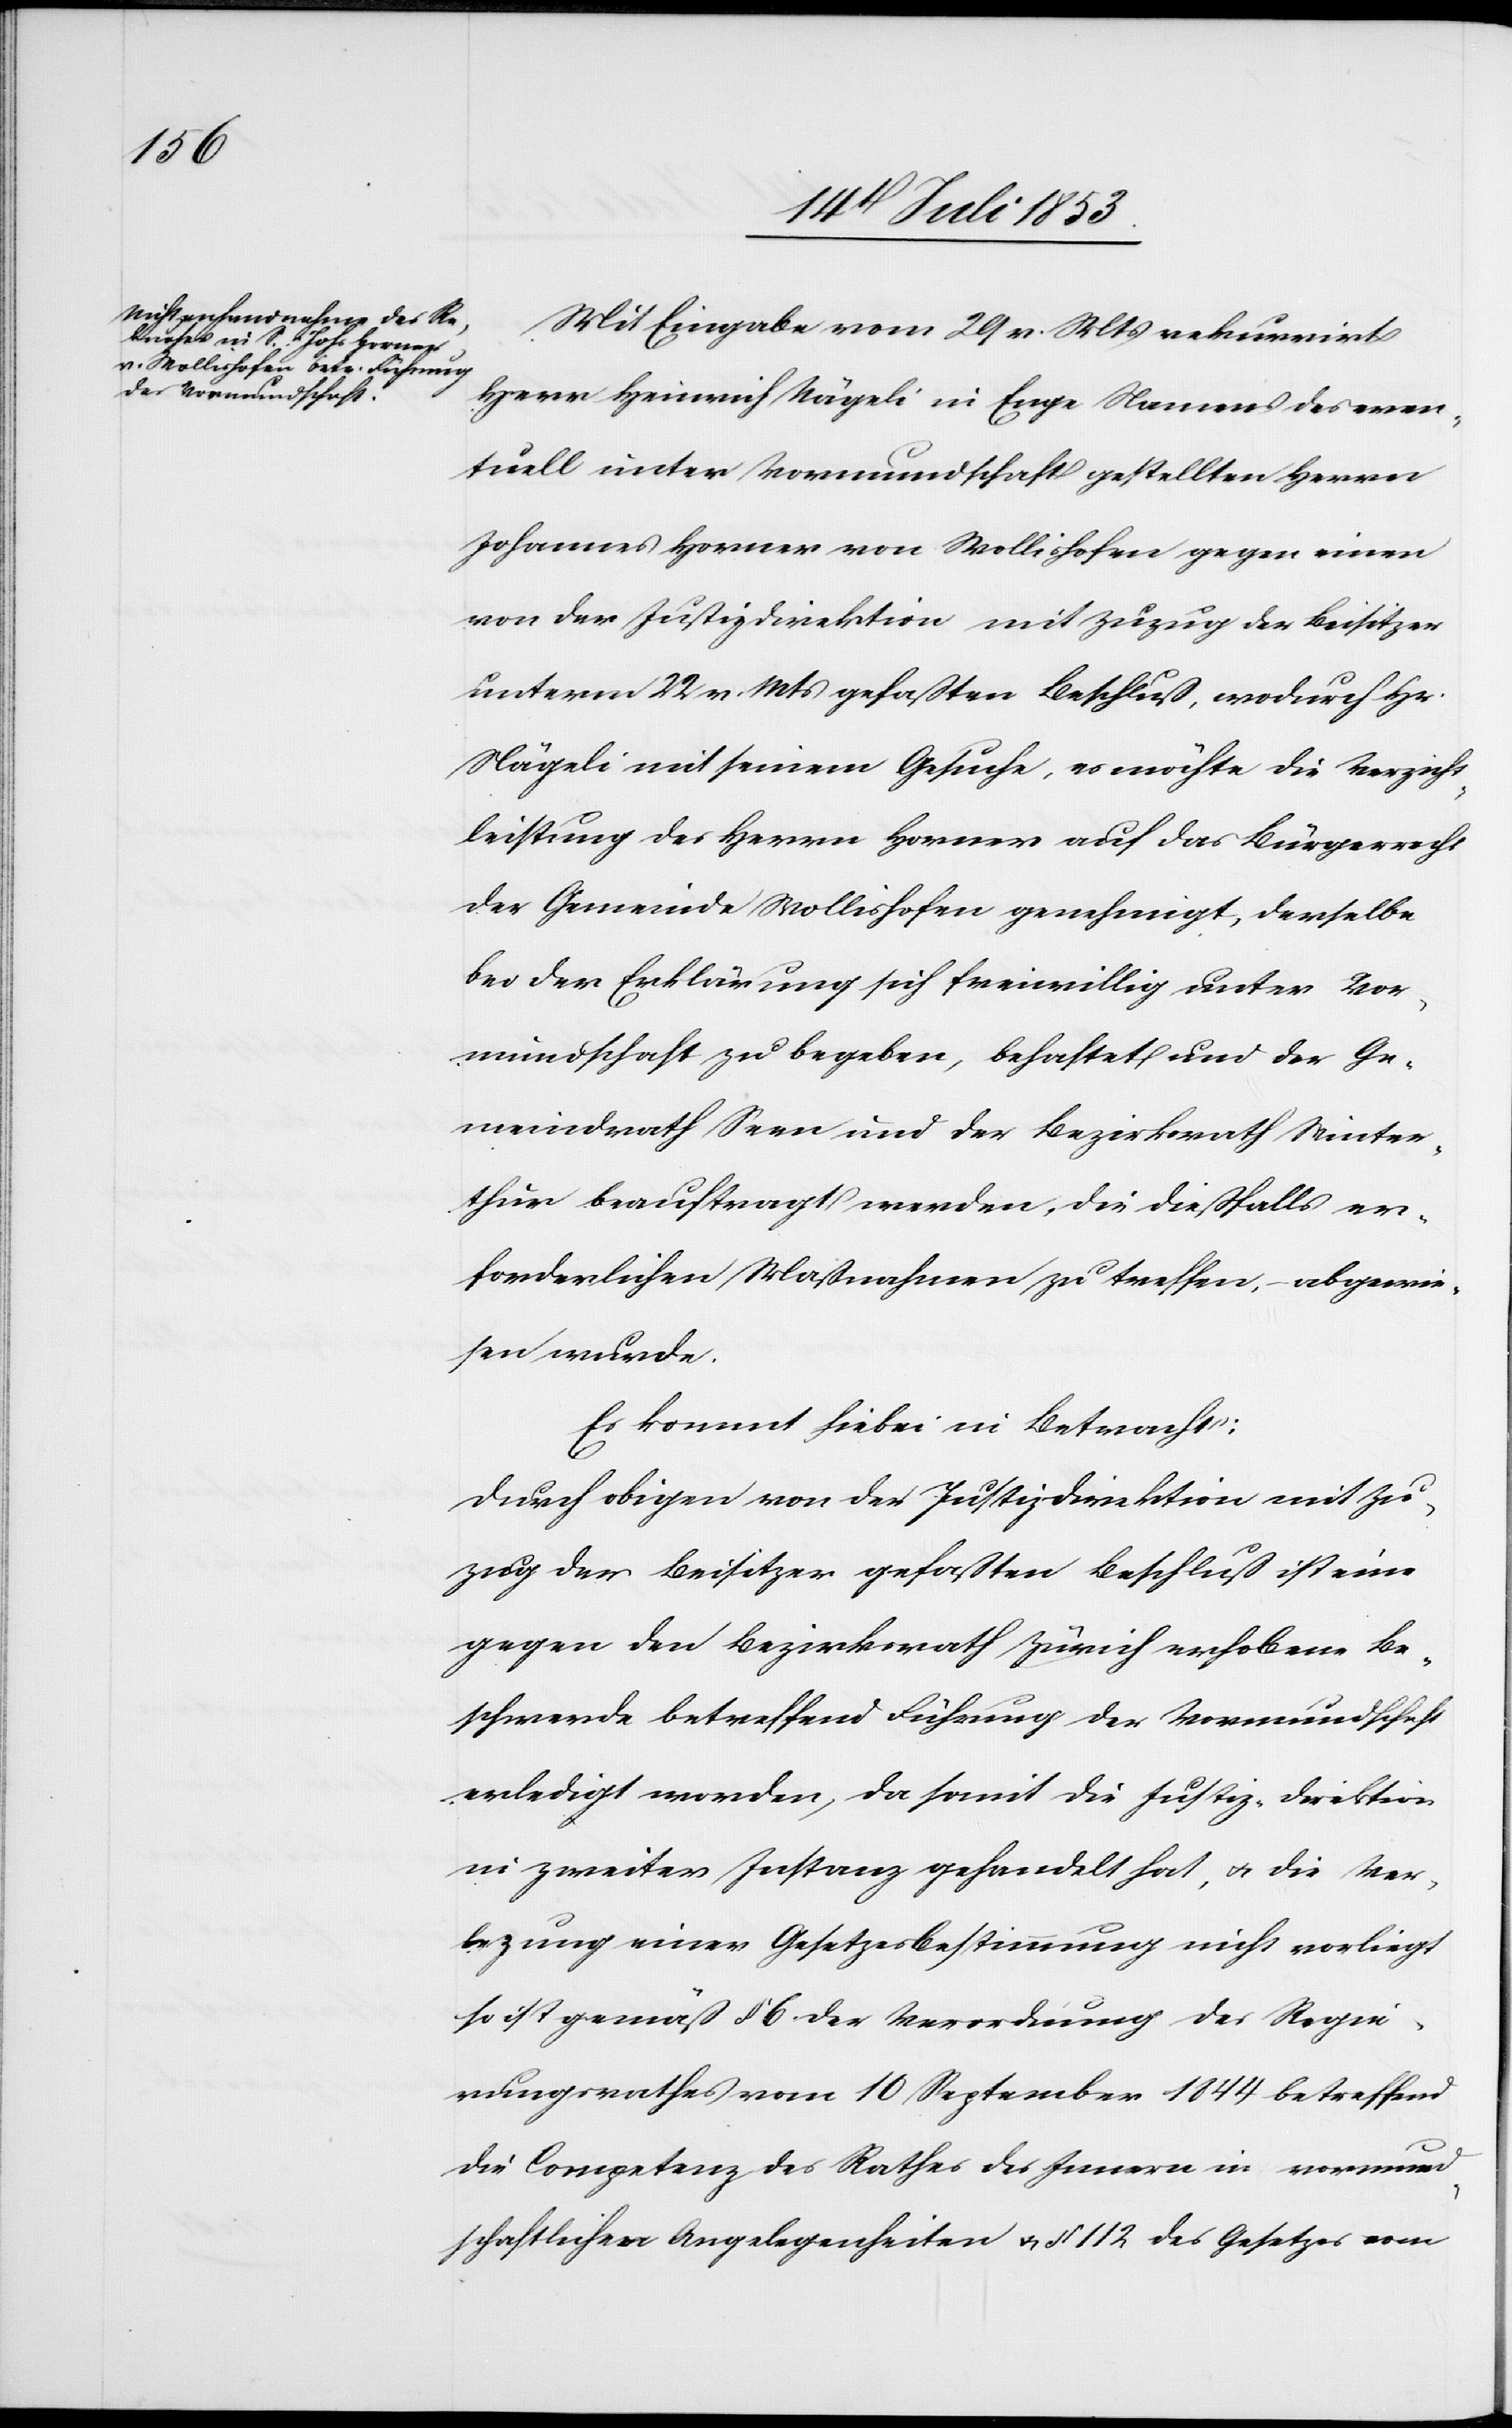
Mit Eingabe vom 29 v. Mts. rekurrirt
Herr Heinrich Nägeli in Enge Namens des even¬
tuell unter Vormundschaft gestellten Herrn
Johannes Horner von Wollishofen gegen einen
von der Justizdirektion mit Zuzug der Beisitzer
unterm 22 v. Mts. gefaßten Beschluß, wodurch Hr.
Nägeli mit seinem Gesuche, es möchte die Verzicht¬
leistung des Herrn Horner auf das Bürgerrecht
der Gemeinde Wollishofen genehmigt, derselbe
bei der Erklärung sich freiwillig unter Vor¬
mundschaft zu begeben, behaftet und der Ge¬
meindrath Seen und der Bezirksrath Winter¬
thur beauftragt werden, die dießfalls er¬
forderlichen Maßnahmen zu treffen, – abgewie¬
sen wurde.
Es kommt hiebei in Betracht:
Durch obigen von der Justizdirektion mit Zu¬
zug der Beisitzer gefaßten Beschluß ist eine
gegen den Bezirksrath Zürich erhobene Be¬
schwerde betreffend Führung der Vormundschaft
erledigt worden, da damit die Justiz-Direktion
in zweiter Instanz gehandelt hat, u. die Ver¬
lezung einer Gesetzesbestimmung nicht vorliegt
so ist gemäß § 6 der Verordnung des Regie¬
rungsrathes vom 10 September 1844 betreffend
die Competenz des Rathes des Innern in vormund¬
schaftlichen Angelegenheiten u. § 112 des Gesetzes vom